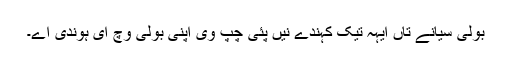
بولی سیانے تاں ایہہ تیک کہندے نیں پئی چُپ وی اپنی بولی وچ ای ہوندی اے۔